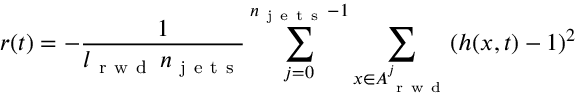
r ( t ) = - \frac { 1 } { l _ { \mathrm { ~ r ~ w ~ d ~ } } \, n _ { \mathrm { ~ j ~ e ~ t ~ s ~ } } } \sum _ { j = 0 } ^ { n _ { \mathrm { ~ j ~ e ~ t ~ s ~ } } - 1 } \sum _ { x \in A _ { \mathrm { ~ r ~ w ~ d ~ } } ^ { j } } ( h ( x , t ) - 1 ) ^ { 2 }